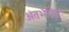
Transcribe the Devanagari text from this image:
अंतर्भरित